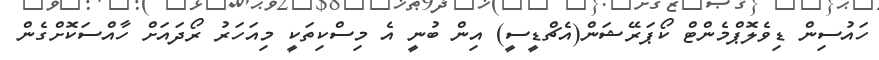
ހައުސިން ޑިވެލޮޕްމެންޓް ކޯޕަރޭޝަން(އެޗްޑީސީ) އިން ބުނީ އެ މިސްކިތަކީ މިއަހަރު ރޯދައަށް ހާއްސަކޮށްގެން